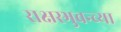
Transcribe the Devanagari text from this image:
राक्षस्भुवन्च्या